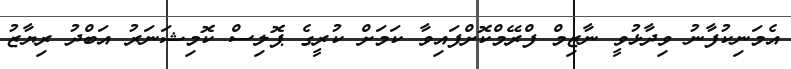
އެމަނިކުފާނު ވިދާޅުވީ ނާޒިމް ފްރޭމްކޮށްފައިވާ ކަމަށް ކުރީގެ ޕޮލިސް ކޮމިޝަނަރު އަބްދު ރިޔާޒު